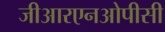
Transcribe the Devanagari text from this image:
जीआरएनओपीसी